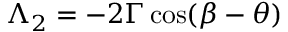
\Lambda _ { 2 } = - 2 \Gamma \, \mathrm { c o s } ( \beta - \theta )